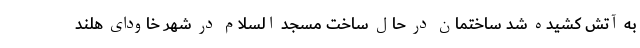
به آتش کشیده شد ساختمان در حال ساخت مسجد السلام در شهر خاودای هلند